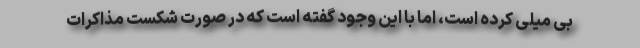
بی میلی کرده است، اما با این وجود گفته است که در صورت شکست مذاکرات